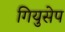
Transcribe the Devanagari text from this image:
गियुसेप